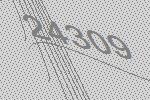
24309